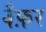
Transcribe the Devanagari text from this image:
वैफ़र